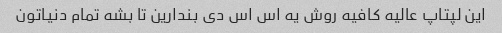
این لپتاپ عالیه کافیه روش یه اس اس دی بندارین تا بشه تمام دنیاتون